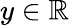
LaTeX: y\in\mathbb{R}